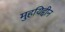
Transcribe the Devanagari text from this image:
मुहयिद्दीन